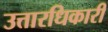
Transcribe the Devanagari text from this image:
उत्तारधिकारी